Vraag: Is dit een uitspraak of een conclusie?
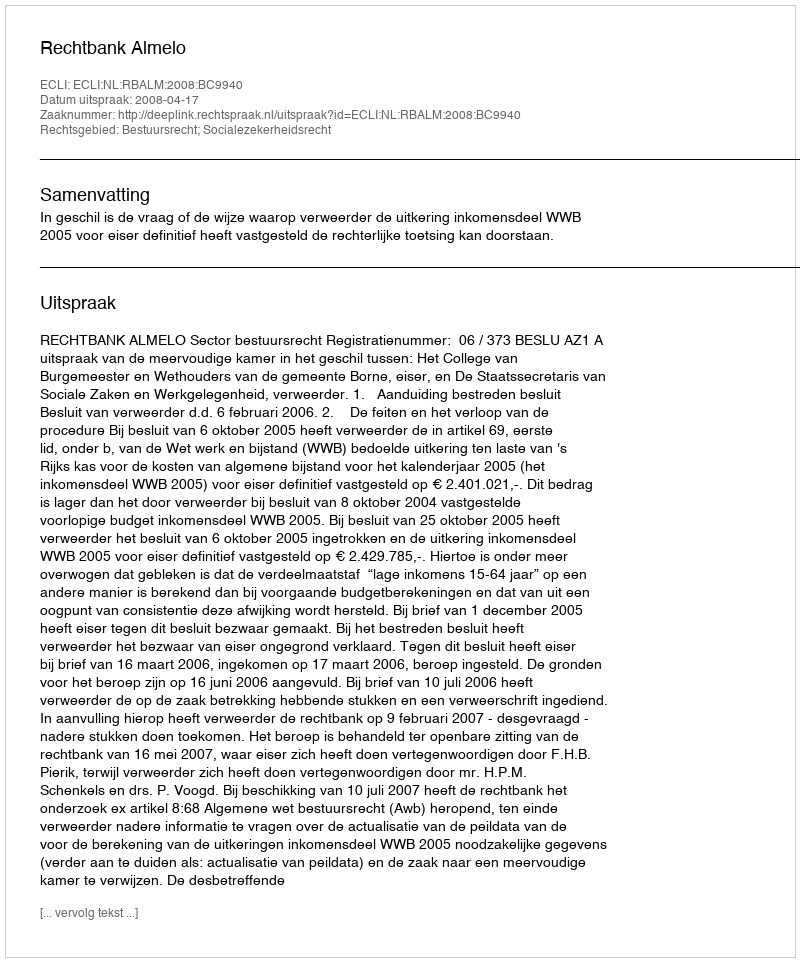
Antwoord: Uitspraak